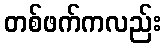
တစ်ဖက်ကလည်း